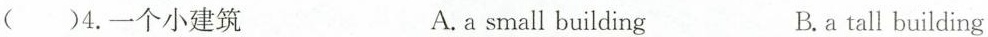
()4. 一个小建筑 A. a small building B. a tall building